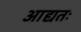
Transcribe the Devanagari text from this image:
आद्यतः